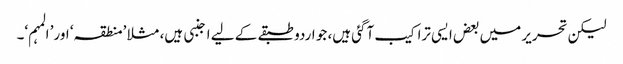
لیکن تحریر میں بعض ایسی تراکیب آگئی ہیں، جو اردو طبقے کے لیے اجنبی ہیں، مثلا ’منطقہ‘ اور’ المہم‘۔